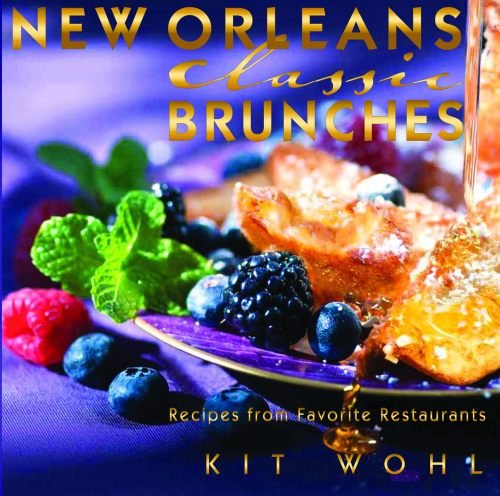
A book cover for New Orleans Classic Brunches (Classics Series); Kit Wohl; Cookbooks, Food & Wine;